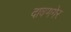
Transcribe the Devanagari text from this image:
दावणगेर